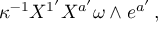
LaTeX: \kappa ^ { - 1 } X ^ { 1 ^ { \prime } } X ^ { a ^ { \prime } } \omega \wedge e ^ { a ^ { \prime } } \, ,